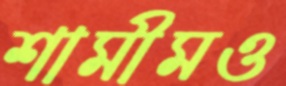
শামীমও